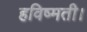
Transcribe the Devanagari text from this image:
हविष्मती।